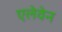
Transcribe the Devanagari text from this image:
एलेवेन